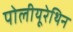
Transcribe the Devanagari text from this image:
पोलीयूरेथिन